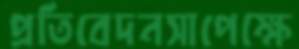
প্রতিবেদনসাপেক্ষে